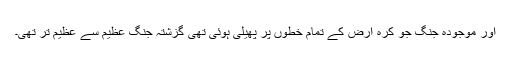
اور موجودہ جنگ جو کرہ ارض کے تمام خطوں پر پھیلی ہوئی تھی گزشتہ جنگ عظیم سے عظیم تر تھی۔